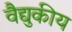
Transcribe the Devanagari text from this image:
वैद्युकीय